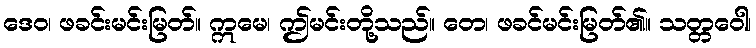
ဒေဝ၊ ဖခင်းမင်းမြတ်။ ဣမေ၊ ဤမင်းတို့သည်။ တေ၊ ဖခင်မင်းမြတ်၏။ သတ္တဝေါ၊